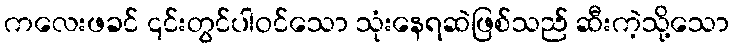
ကလေးဖခင် ၎င်းတွင်ပါဝင်သော သုံးနေရဆဲဖြစ်သည် ဆီးကဲ့သို့သော